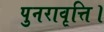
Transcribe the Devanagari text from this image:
पुनरावृत्ति।